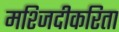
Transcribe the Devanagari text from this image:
मश्जिदीकरिता